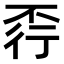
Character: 𧗩